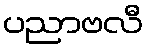
ပညာဗလီ